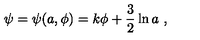
\psi = \psi ( a , \phi ) = k \phi + \frac { 3 } { 2 } \ln { a } \ ,